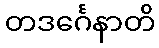
တဒင်္ဂေနာတိ